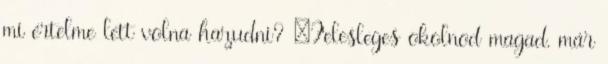
mi értelme lett volna hazudni? –Felesleges okolnod magad, már